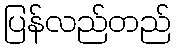
ပြန်လည်တည်